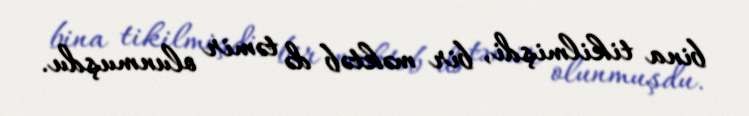
bina tikilmişdi, bir məktəb də təmir olunmuşdu.